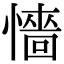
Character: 懎